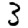
Digit: 3